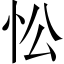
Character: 忪